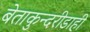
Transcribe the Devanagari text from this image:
बेताकुन्दरीडाही